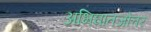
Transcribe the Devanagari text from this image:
अभिघातजोत्तर